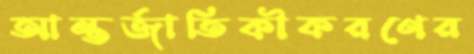
আন্তর্জাতিকীকরণের